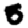
Digit: 5